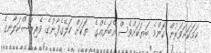
ހަމަކަށަވަރުން ކޮންމެ ބަޔަކަށްވެސް އެބަޔެއްގެ  ތަކަށް ކަލޭގެފާނުގެ ވެރިރަސްކަލާނގެ